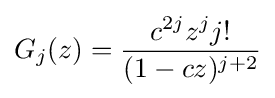
G_{j}(z)={\frac {c^{2j}z^{j}j!}{(1-cz)^{j+2}}}